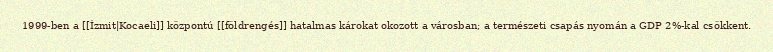
1999-ben a [[İzmit|Kocaeli]] központú [[földrengés]] hatalmas károkat okozott a városban; a természeti csapás nyomán a GDP 2%-kal csökkent.